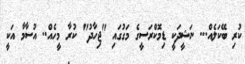
ކުރި ބޭކަލެއް... ނަޝީދަކީ ޑިމޮކްރަސީގެ މަގުގައި "ޖިހާދު" ކުރާ މީހެއް.. އުސާމާ އަކީ